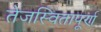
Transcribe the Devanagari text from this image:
तेजस्वितापूर्ण